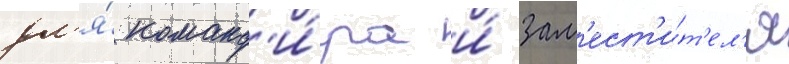
дл'я́ команд'и́ра и́ зам'ест'и́т'ел'я